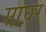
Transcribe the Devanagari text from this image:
साघर